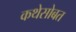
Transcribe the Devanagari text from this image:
कथेसोबत